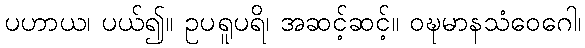
ပဟာယ၊ ပယ်၍။ ဥပရူပရိ၊ အဆင့်ဆင့်။ ဝဍ္ဎမာနသံဝေဂေါ၊